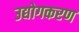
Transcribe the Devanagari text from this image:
उद्योगकरण